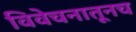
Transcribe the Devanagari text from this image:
विवेचनातूनच